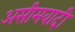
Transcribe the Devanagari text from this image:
असीमवादी